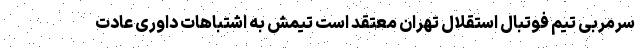
سرمربی تیم فوتبال استقلال تهران معتقد است تیمش به اشتباهات داوری عادت